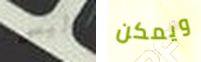
أليس ويمكن